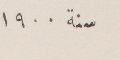
سنة ١٩٠٠